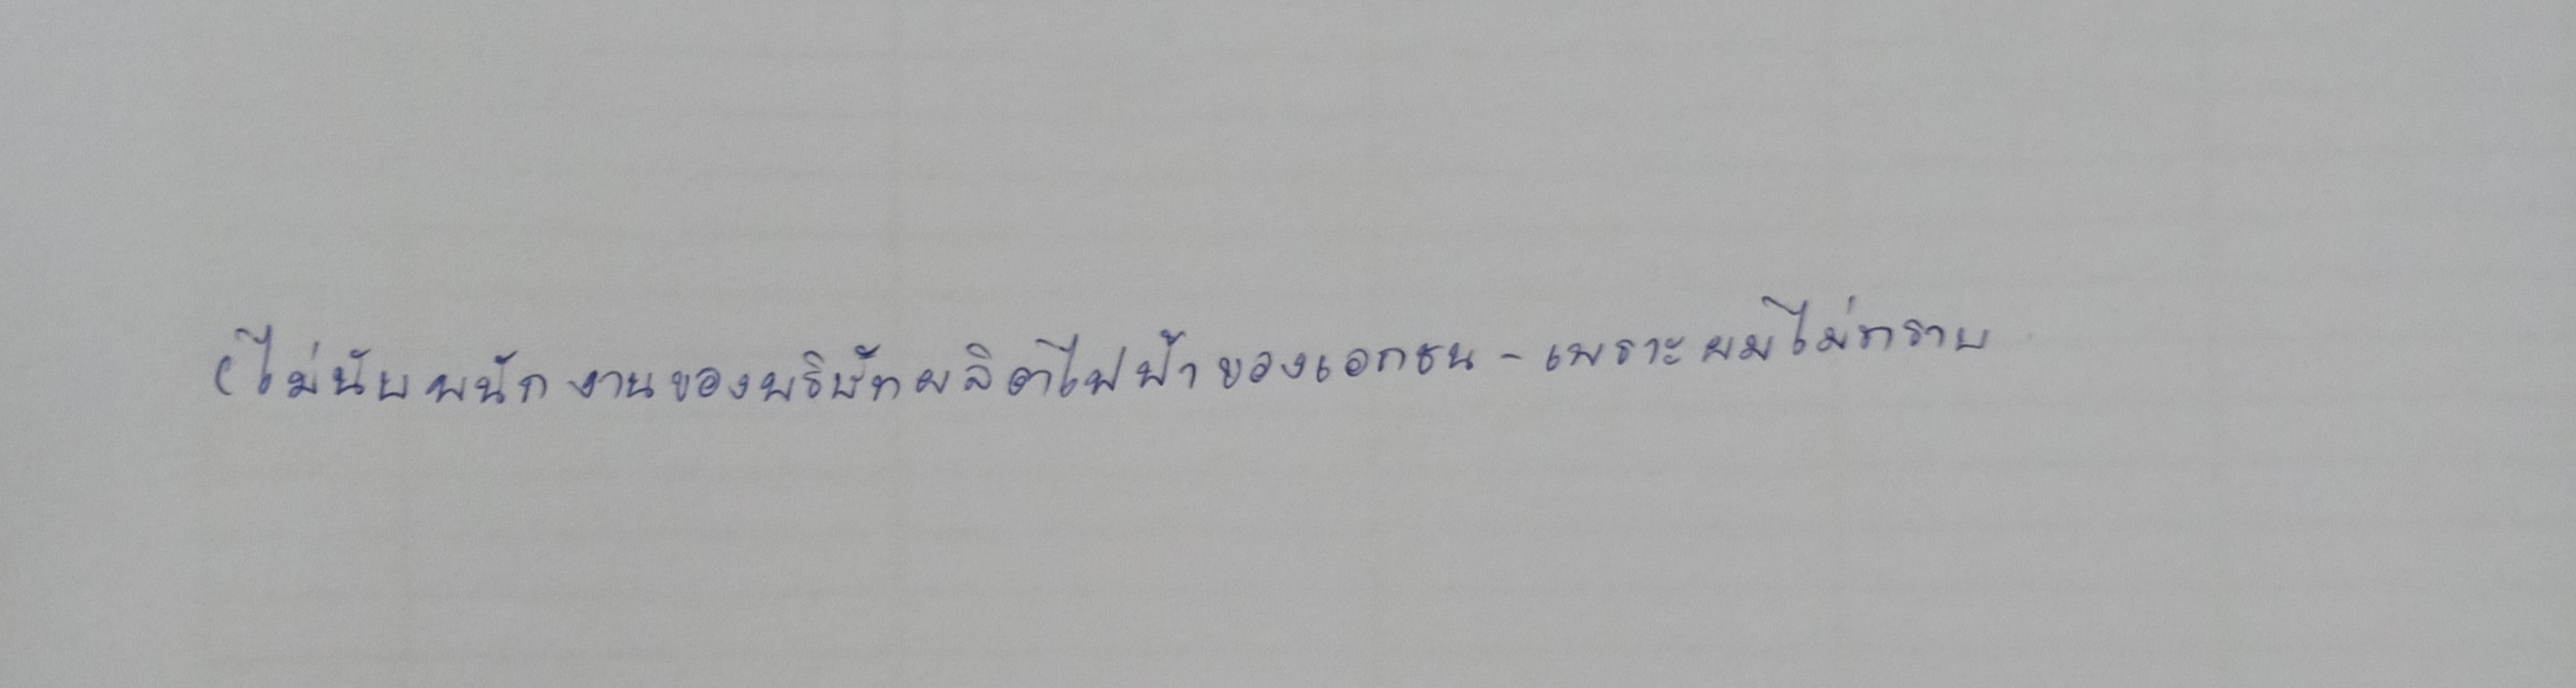
(ไม่นับพนักงานของบริษัทผลิตไฟฟ้าของเอกชน-เพราะผมไม่ทราบ